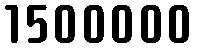
1500000